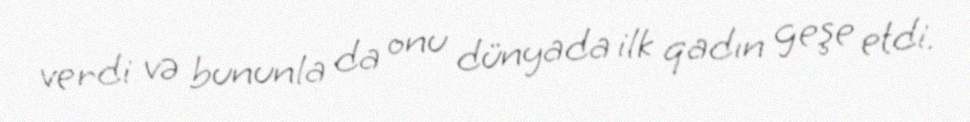
verdi və bununla da onu dünyada ilk qadın geşe etdi.